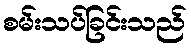
စမ်းသပ်ခြင်းသည်